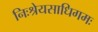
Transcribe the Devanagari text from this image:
निःश्रेयसाधिगमः